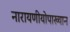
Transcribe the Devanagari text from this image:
नारायणीयोपाख्यान